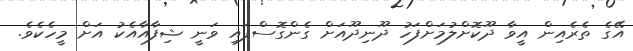
އޭގެ ތެރެއިން އީވާ ދޫކޮށްލުމަށްފަހު ދޫނިދޫއަށް ގެންގޮސްފައި ވަނީ ޝިފާއާއެކު އަށް މީހެކެވެ.